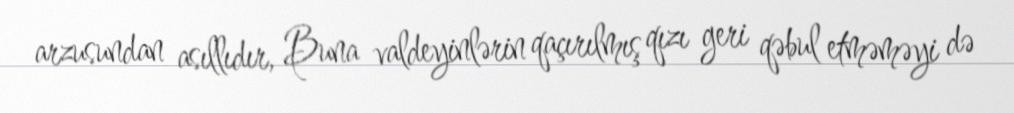
arzusundan asıllıdır, Buna valdeyinlərin qaçırılmış qızı geri qəbul etməməyi də